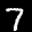
Label: 7